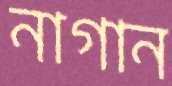
নাগান